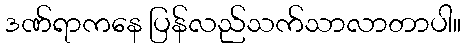
ဒဏ်ရာကနေ ပြန်လည်သက်သာလာတာပါ။